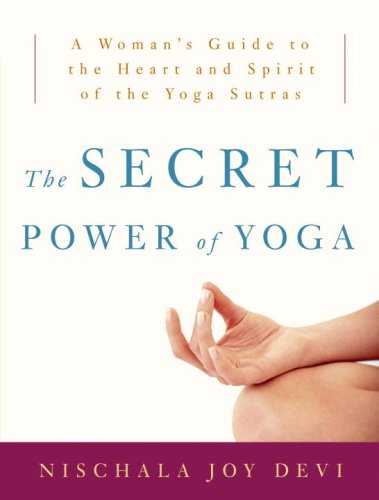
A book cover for The Secret Power of Yoga: A Woman's Guide to the Heart and Spirit of the Yoga Sutras; Nischala Joy Devi; Health, Fitness & Dieting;